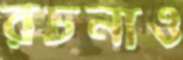
রচনাও